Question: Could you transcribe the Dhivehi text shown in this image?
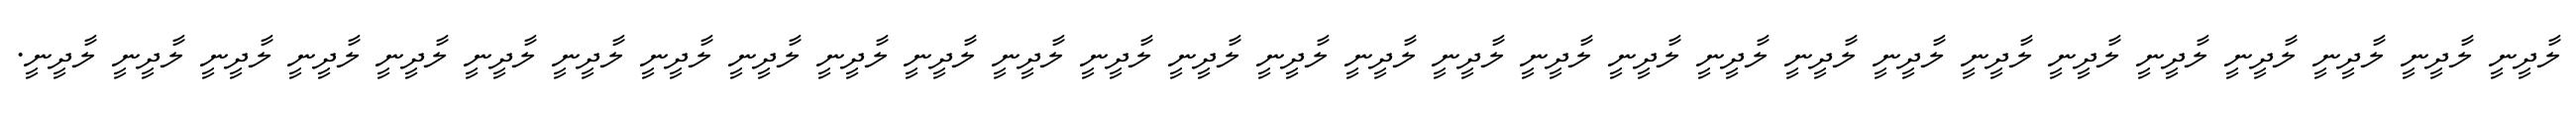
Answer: ލާދީނީ ލާދީނީ ލާދީނީ ލާދީނީ ލާދީނީ ލާދީނީ ލާދީނީ ލާދީނީ ލާދީނީ ލާދީނީ ލާދީނީ ލާދީނީ ލާދީނީ ލާދީނީ ލާދީނީ ލާދީނީ ލާދީނީ ލާދީނީ ލާދީނީ ލާދީނީ ލާދީނީ ލާދީނީ ލާދީނީ ލާދީނީ ލާދީނީ ލާދީނީ ލާދީނީ ލާދީނީ ލާދީނީ.